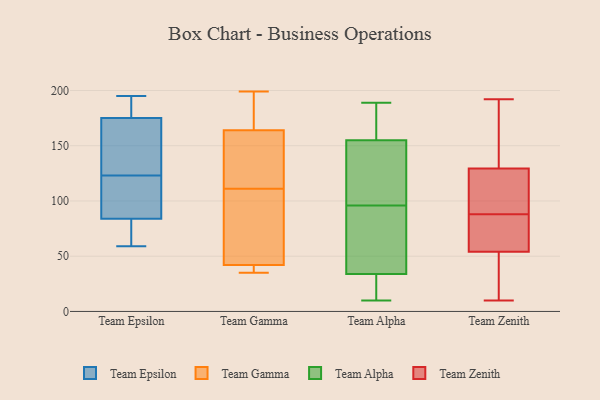
{"axis": {"x": "Backlog", "y": "Value"}, "legend": ["Team Alpha", "Team Epsilon", "Team Gamma", "Team Zenith"], "data": [{"x": "", "y": 59, "type": "Team Epsilon"}, {"x": "", "y": 195, "type": "Team Epsilon"}, {"x": "", "y": 75, "type": "Team Epsilon"}, {"x": "", "y": 157, "type": "Team Epsilon"}, {"x": "", "y": 84, "type": "Team Epsilon"}, {"x": "", "y": 193, "type": "Team Epsilon"}, {"x": "", "y": 103, "type": "Team Epsilon"}, {"x": "", "y": 118, "type": "Team Epsilon"}, {"x": "", "y": 128, "type": "Team Epsilon"}, {"x": "", "y": 175, "type": "Team Epsilon"}, {"x": "", "y": 82, "type": "Team Gamma"}, {"x": "", "y": 131, "type": "Team Gamma"}, {"x": "", "y": 37, "type": "Team Gamma"}, {"x": "", "y": 152, "type": "Team Gamma"}, {"x": "", "y": 164, "type": "Team Gamma"}, {"x": "", "y": 199, "type": "Team Gamma"}, {"x": "", "y": 91, "type": "Team Gamma"}, {"x": "", "y": 173, "type": "Team Gamma"}, {"x": "", "y": 35, "type": "Team Gamma"}, {"x": "", "y": 42, "type": "Team Gamma"}, {"x": "", "y": 138, "type": "Team Alpha"}, {"x": "", "y": 10, "type": "Team Alpha"}, {"x": "", "y": 13, "type": "Team Alpha"}, {"x": "", "y": 177, "type": "Team Alpha"}, {"x": "", "y": 114, "type": "Team Alpha"}, {"x": "", "y": 189, "type": "Team Alpha"}, {"x": "", "y": 78, "type": "Team Alpha"}, {"x": "", "y": 34, "type": "Team Alpha"}, {"x": "", "y": 155, "type": "Team Alpha"}, {"x": "", "y": 61, "type": "Team Alpha"}, {"x": "", "y": 76, "type": "Team Zenith"}, {"x": "", "y": 53, "type": "Team Zenith"}, {"x": "", "y": 80, "type": "Team Zenith"}, {"x": "", "y": 32, "type": "Team Zenith"}, {"x": "", "y": 192, "type": "Team Zenith"}, {"x": "", "y": 128, "type": "Team Zenith"}, {"x": "", "y": 95, "type": "Team Zenith"}, {"x": "", "y": 53, "type": "Team Zenith"}, {"x": "", "y": 55, "type": "Team Zenith"}, {"x": "", "y": 10, "type": "Team Zenith"}, {"x": "", "y": 81, "type": "Team Zenith"}, {"x": "", "y": 111, "type": "Team Zenith"}, {"x": "", "y": 152, "type": "Team Zenith"}, {"x": "", "y": 109, "type": "Team Zenith"}, {"x": "", "y": 131, "type": "Team Zenith"}, {"x": "", "y": 136, "type": "Team Zenith"}]}